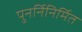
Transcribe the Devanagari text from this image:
पुनर्निनिर्मित